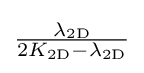
{\tfrac {\lambda _{\mathrm {2D} }}{2K_{\mathrm {2D} }-\lambda _{\mathrm {2D} }}}